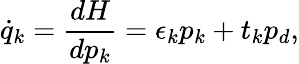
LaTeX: \dot{q}_{k}=\frac{dH}{dp_{k}}=\epsilon_{k}p_{k}+t_{k}p_{d},